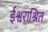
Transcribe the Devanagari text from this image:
ईश्वराश्रित